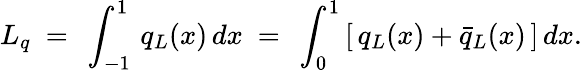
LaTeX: L_{q}\ =\ \int_{-1}^{1}\, q_{L}(x)\, dx\ =\ \int_{0}^{1}\, [\, q_{L}(x)+\bar{q}_{L}(x)\, ]\, dx.